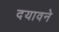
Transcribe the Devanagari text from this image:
दयावने